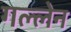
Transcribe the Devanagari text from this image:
गल्लेन